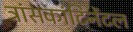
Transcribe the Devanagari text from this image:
ट्रांसकांटिनेंटल